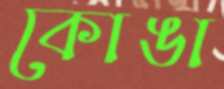
কোঙা